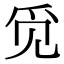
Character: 觅